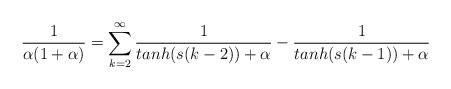
LaTeX: \begin{align*}\frac{1}{\alpha(1+\alpha)}=\sum_{k=2}^{\infty}{\frac{1}{tanh(s(k-2))+\alpha}-\frac{1}{tanh(s(k-1))+\alpha}} \end{align*}